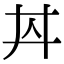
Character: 𱎠